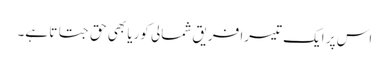
اس پر ایک تیسرا فریق شمالی کوریا بھی حق جتاتا ہے۔